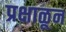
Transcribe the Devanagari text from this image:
प्रक्षाळून